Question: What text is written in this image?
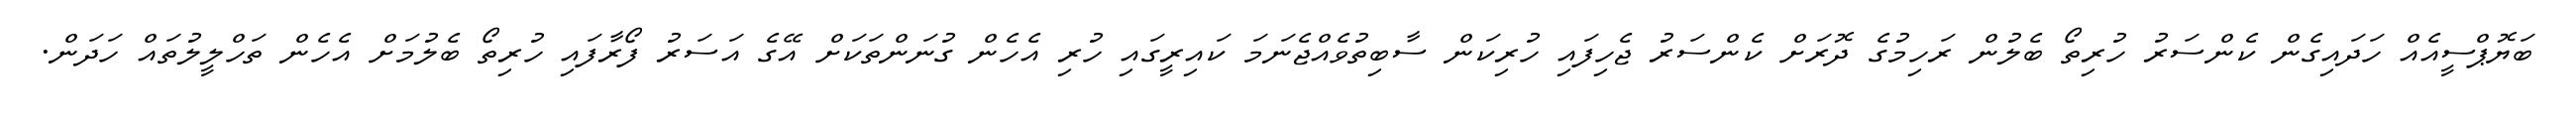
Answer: ބަޔޮޕްސީއެއް ހަދައިގެން ކެންސަރު ހުރިތޯ ބެލުން ރަހިމުގެ ދޮރަށް ކެންސަރު ޖެހިފައި ހުރިކަން ސާބިތުވެއްޖެނަމަ ކައިރީގައި ހުރި އެހެން ގުނަންތަކަށް އޭގެ އަސަރު ފޯރާފައި ހުރިތޯ ބެލުމަށް އެހެން ތަހްލީލުތައް ހަދަން.